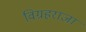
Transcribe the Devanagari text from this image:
विग्रहराजा